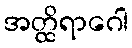
အတ္ထိရာဂေါ